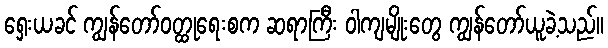
ရှေးယခင် ကျွန်တော်ဝတ္ထုရေးစက ဆရာကြီး ဝါကျမျိုးတွေ ကျွန်တော်ယူခဲ့သည်။